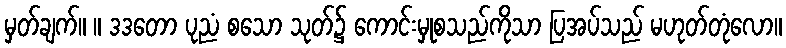
မှတ်ချက်။ ။ ဒဒတော ပုညံ စသော သုတ်၌ ကောင်းမှုစသည်ကိုသာ ပြအပ်သည် မဟုတ်တုံလော။